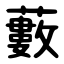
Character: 藪